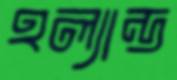
হল্যান্ড